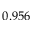
0 . 9 5 6